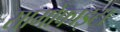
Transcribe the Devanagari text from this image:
सामोफाइटा